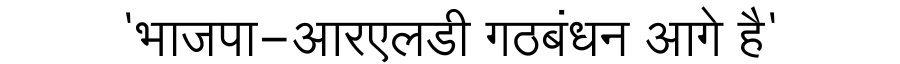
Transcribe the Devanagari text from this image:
'भाजपा-आरएलडी गठबंधन आगे है'